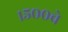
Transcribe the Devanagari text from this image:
१५००चे